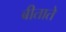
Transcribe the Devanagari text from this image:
बीताते